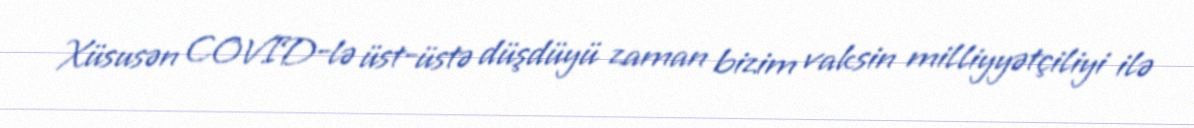
Xüsusən COVID-lə üst-üstə düşdüyü zaman bizim vaksin milliyyətçiliyi ilə